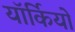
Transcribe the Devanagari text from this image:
यॉर्कियों